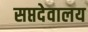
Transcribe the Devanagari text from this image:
सप्तदेवालय